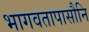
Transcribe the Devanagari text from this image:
भागवतापासौनि